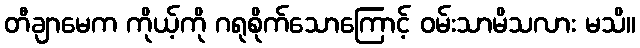
တီချာမေက ကိုယ့်ကို ဂရုစိုက်သောကြောင့် ဝမ်းသာမိသလား မသိ။